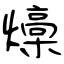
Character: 燺